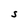
Character: S